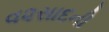
વ૨સાદની